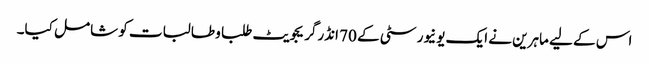
اس کے لیے ماہرین نے ایک یونیورسٹی کے 70 انڈرگریجویٹ طلبا و طالبات کو شامل کیا۔